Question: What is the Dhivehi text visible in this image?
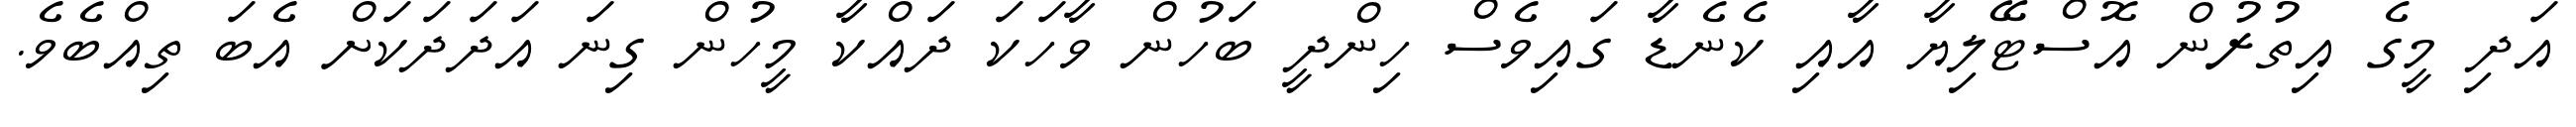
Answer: އަދި މީގެ އިތުރުން އޮސްޓޭލިޔާ އާއި ކެނެޑާ ގައިވެސް ހިންދީ ބަހުން ވާހަކަ ދައްކާ މީހުން ގިނަ އަދަދަކަށް އެބަ ތިއްބެވެ.